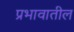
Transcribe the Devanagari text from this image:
प्रभावातील